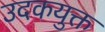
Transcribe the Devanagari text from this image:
उदकयुक्त